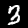
Label: 3